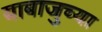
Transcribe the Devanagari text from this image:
याबाजुच्या